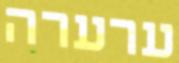
ערערה